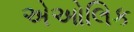
એઓલિક